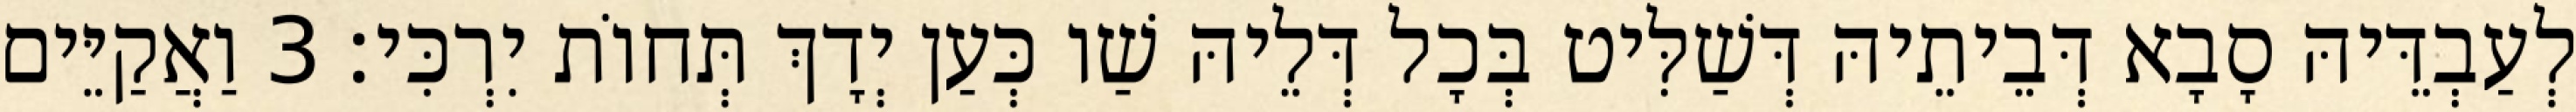
לְעַבְדֵּיהּ סָבָא דְּבֵיתֵיהּ דְּשַׁלִּיט בְּכָל דְּלֵיהּ שַׁו כְּעַן יְדָךְ תְּחוֹת יִרְכִּי׃ 3 וַאֲקַיֵּים